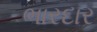
ભારદાર